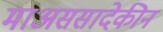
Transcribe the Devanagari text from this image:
माअससादेकीन